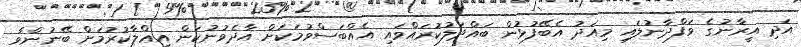
އަދި އީރާނުގެ ވަފްދާނުލައި މިއަދު އެބޭފުޅުން ބައްދަލުކުރައްވައި އެއްބަސްވުމަކަށް އާދެވުނުކަން އިޢްލާކުރުމަށް ބޭނުންވާ